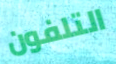
التلفون